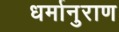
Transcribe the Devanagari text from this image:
धर्मानुराण